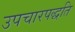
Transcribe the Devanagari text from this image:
उपचारपद्धति